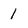
Character: I